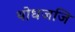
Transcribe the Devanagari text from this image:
थोधजजि